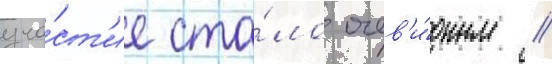
уча́ст'ие ста́ло очев'и́дным //